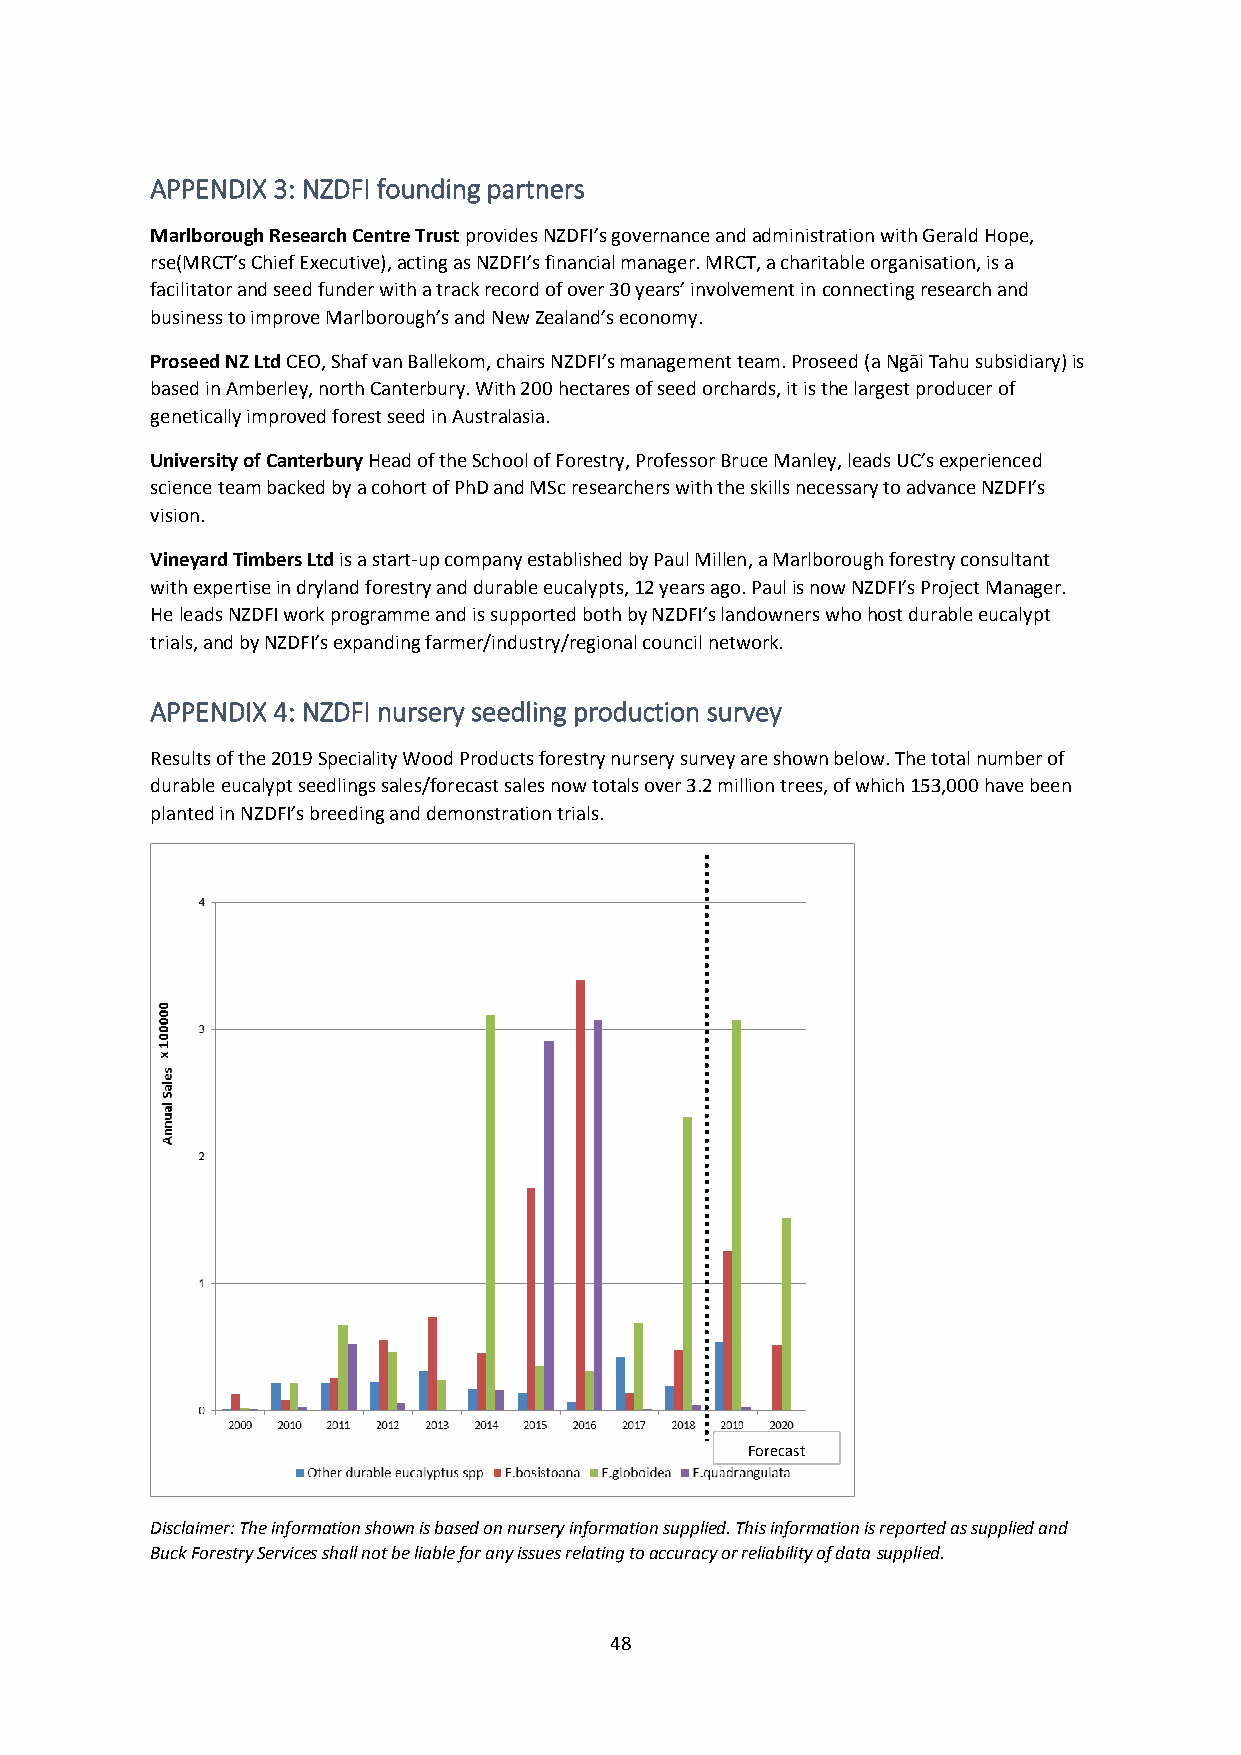
APPENDIX 3: NZDFI founding partners
 Marlborough Research Centre Trust provides NZDFI’s governance and administration with Gerald Hope,
 rse(MRCT’s Chief Executive), acting as NZDFI’s financial manager. MRCT, a charitable organisation, is a
 facilitator and seed funder with a track record of over 30 years’ involvement in connecting research and
 business to improve Marlborough’s and New Zealand’s economy.
 Proseed NZ Ltd CEO, Shaf van Ballekom, chairs NZDFI’s management team. Proseed (a Ngāi Tahu subsidiary) is
 based in Amberley, north Canterbury. With 200 hectares of seed orchards, it is the largest producer of
 genetically improved forest seed in Australasia.
 University of Canterbury Head of the School of Forestry, Professor Bruce Manley, leads UC’s experienced
 science team backed by a cohort of PhD and MSc researchers with the skills necessary to advance NZDFI’s
 vision.
 Vineyard Timbers Ltd is a start-up company established by Paul Millen, a Marlborough forestry consultant
 with expertise in dryland forestry and durable eucalypts, 12 years ago. Paul is now NZDFI’s Project Manager.
 He leads NZDFI work programme and is supported both by NZDFI’s landowners who host durable eucalypt
 trials, and by NZDFI’s expanding farmer/industry/regional council network.
 APPENDIX 4: NZDFI nursery seedling production survey
 Results of the 2019 Speciality Wood Products forestry nursery survey are shown below. The total number of
 durable eucalypt seedlings sales/forecast sales now totals over 3.2 million trees, of which 153,000 have been
 planted in NZDFI’s breeding and demonstration trials.
 Forecast
 Disclaimer: The information shown is based on nursery information supplied. This information is reported as supplied and
 Buck Forestry Services shall not be liable for any issues relating to accuracy or reliability of data supplied.
 48